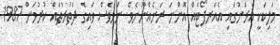
މަލިކަކީ އެރަށުގައި އެއަރޕޯޓެއް އޮންނަ ރަށެއްނޫނެވެ. ނަމަވެސް ވައިގެ ދަތުރުތައް ކުރުމަށް 1987